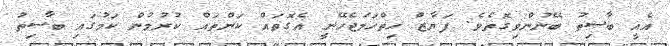
އެއީ ބާސިތު ބޭނުންވިގޮތެވެ. ފަޔާޒް ހިތްހަމަޖެހޭނީ އެގޮތައް ކަންތައް ކުރުމުން ކަމުގައި ބާސިތު